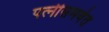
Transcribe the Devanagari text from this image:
पत्‍नीसमवेत